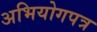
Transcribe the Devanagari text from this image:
अभियोगपत्र